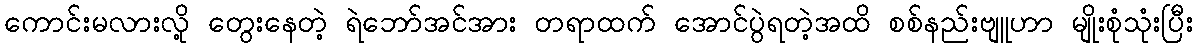
ကောင်းမလားလို့ တွေးနေတဲ့ ရဲဘော်အင်အား တရာထက် အောင်ပွဲရတဲ့အထိ စစ်နည်းဗျူဟာ မျိုးစုံသုံးပြီး